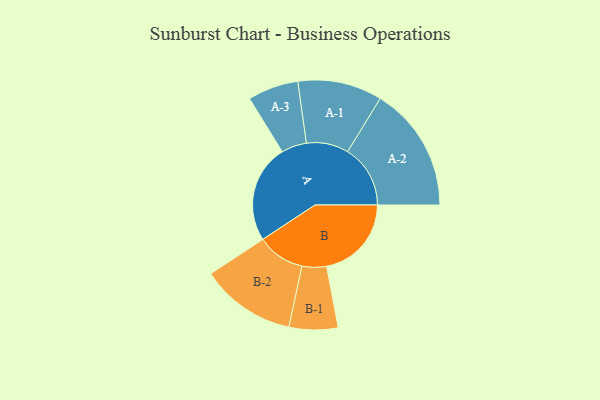
{"axis": {"x": "Segment", "y": "Value"}, "legend": ["", "A", "B"], "data": [{"x": "A", "y": 426, "type": ""}, {"x": "B", "y": 368, "type": ""}, {"x": "A-1", "y": 183, "type": "A"}, {"x": "A-2", "y": 272, "type": "A"}, {"x": "A-3", "y": 110, "type": "A"}, {"x": "B-1", "y": 106, "type": "B"}, {"x": "B-2", "y": 207, "type": "B"}]}